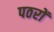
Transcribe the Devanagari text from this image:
पठरों